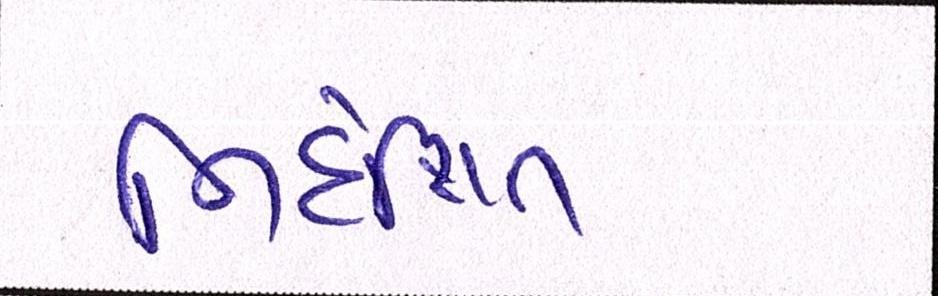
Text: નિર્દેશિત